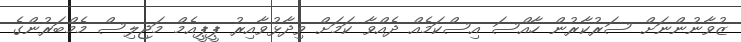
ޒުވާނުންނަށް ސަރުކާރުން ހާއްސަ އިސްކަމެއް ދެއްވާ ކަމަށް ވިދާޅުވާއިރު ޕީޕީއެމް މަޖިލިސް މެމްބަރުންގެ